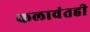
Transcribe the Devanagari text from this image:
कलावंतही